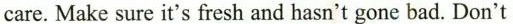
care. Make sure it's fresh and hasn't gone bad. Don't